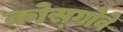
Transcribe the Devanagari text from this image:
कोस्ग्रोवे